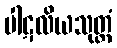
ပါဋလိယသုတ္တံ